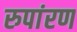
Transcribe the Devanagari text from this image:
रुपांरण